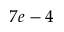
7 e - 4